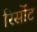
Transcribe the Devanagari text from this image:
रिर्सोट